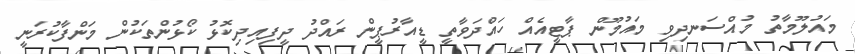
މައުލޫމާތު މުއްސަނދިވި މައުމޫން ޕާޓީއެއް ހައްދަވާތީ ޑީއާރުޕީން ރައްދު ދީފިއިދިކޮޅު ކޯޅުންތަކުން މަންފާކުރަނީ